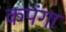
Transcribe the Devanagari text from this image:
कपंगा